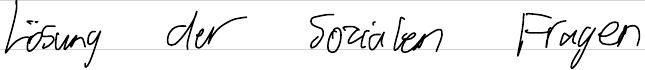
Lösung der Sozialen Fragen